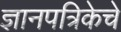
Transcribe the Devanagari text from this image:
ज्ञानपत्रिकेचे